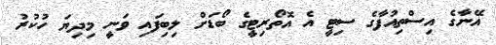
އޭނާގެ އިސްތިއުފާގެ ސިޓީ އެ އޮތޯރިޓީގެ ބޯޑަށް ލިބިފައި ވަނީ މިދިޔަ ހުކުރު